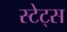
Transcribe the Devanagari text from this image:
स्टेट्‍स